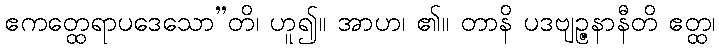
ဧကတ္ထေရာပဒေသော”တိ၊ ဟူ၍။ အာဟ၊ ၏။ တာနိ ပဒဗျဉ္ဇနာနီတိ ဧတ္ထ၊